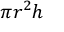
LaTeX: \pi r ^ { 2 } h